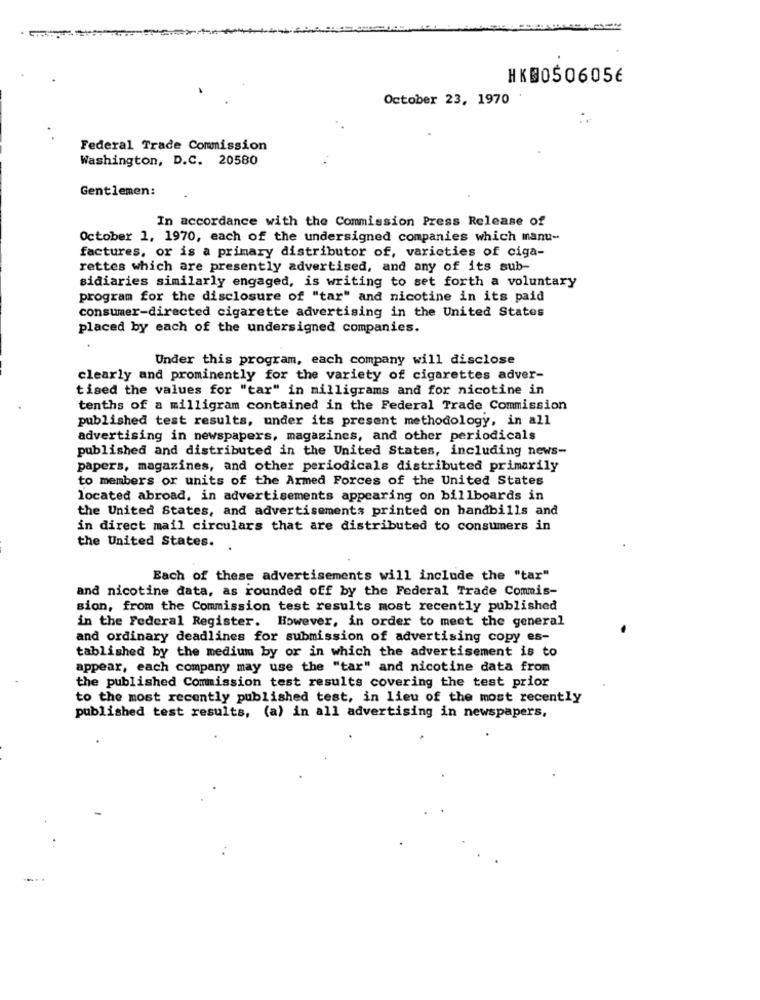
HK0506056
October 23, 1970
Federal Trade Commission
Washington, D.C. 20580
Gentlemen:
In accordance with the Commission Press Release of
October 1, 1970, each of the undersigned companies which manu-
factures, or is a primary distributor of, varieties of ciga-
rettes which are presently advertised, and any of its sub-
sidiaries similarly engaged, is writing to set forth a voluntary
program for the disclosure of "tar" and nicotine in its paid
consumer-directed cigarette advertising in the United States
placed by each of the undersigned companies.
Under this program, each company will disclose
clearly and prominently for the variety of cigarettes adver-
tised the values for "tar" in milligrams and for nicotine in
tenths of a milligram contained in the Federal Trade Commission
published test results, under its present methodology, in all
advertising in newspapers, magazines, and other periodicals
published and distributed in the United States, including news-
papers, magazines, and other periodicals distributed primarily
to members or units of the Armed Forces of the United States
located abroad, in advertisements appearing on billboards in
the United States, and advertisements printed on handbills and
in direct mail circulars that are distributed to consumers in
the United States.
Each of these advertisements will include the "tar"
and nicotine data, as rounded off by the Federal Trade Commis-
sion, from the Commission test results most recently published
in the Federal Register. However, in order to meet the general
and ordinary deadlines for submission of advertising copy es-
tablished by the medium by or in which the advertisement is to
appear, each company may use the "tar" and nicotine data from
the published Commission test results covering the test prior
to the most recently published test, in lieu of the most recently
published test results, (a) in all advertising in newspapers,